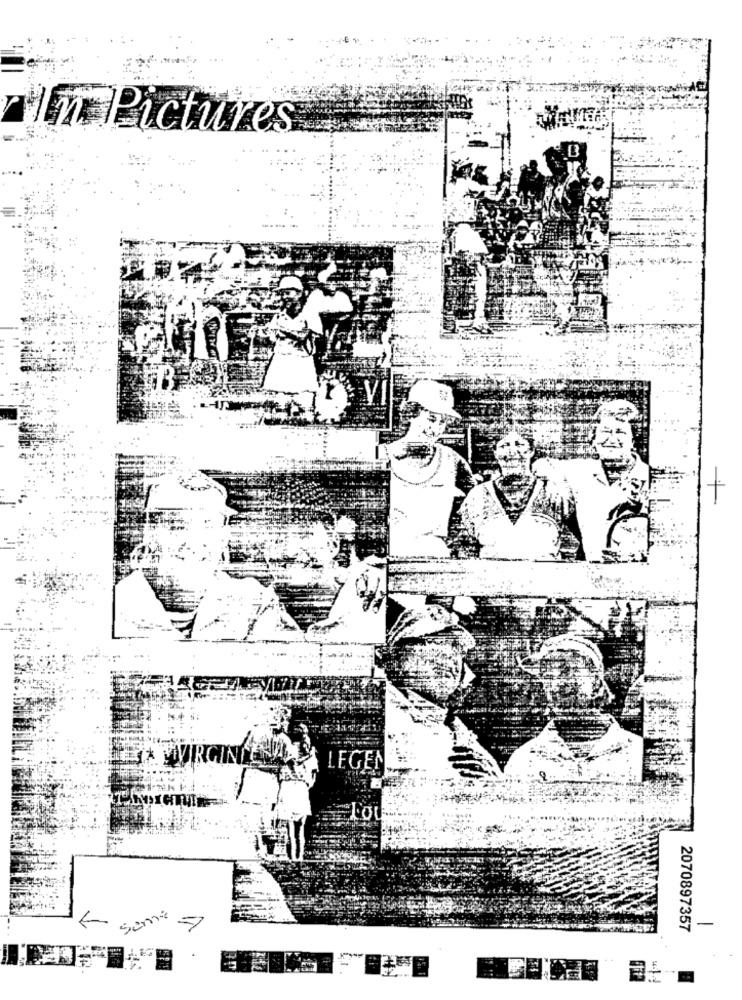
In Pictures
LEGEN
some
-
2070897357